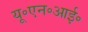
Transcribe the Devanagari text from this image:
यू॰एन॰आई॰